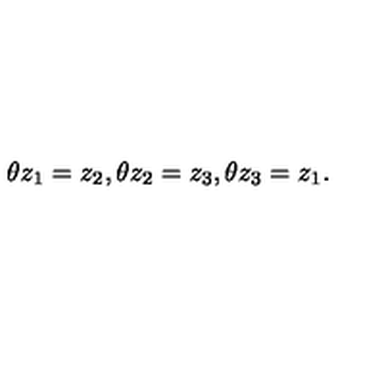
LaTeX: \theta z _ { 1 } = z _ { 2 } , \theta z _ { 2 } = z _ { 3 } , \theta z _ { 3 } = z _ { 1 } .